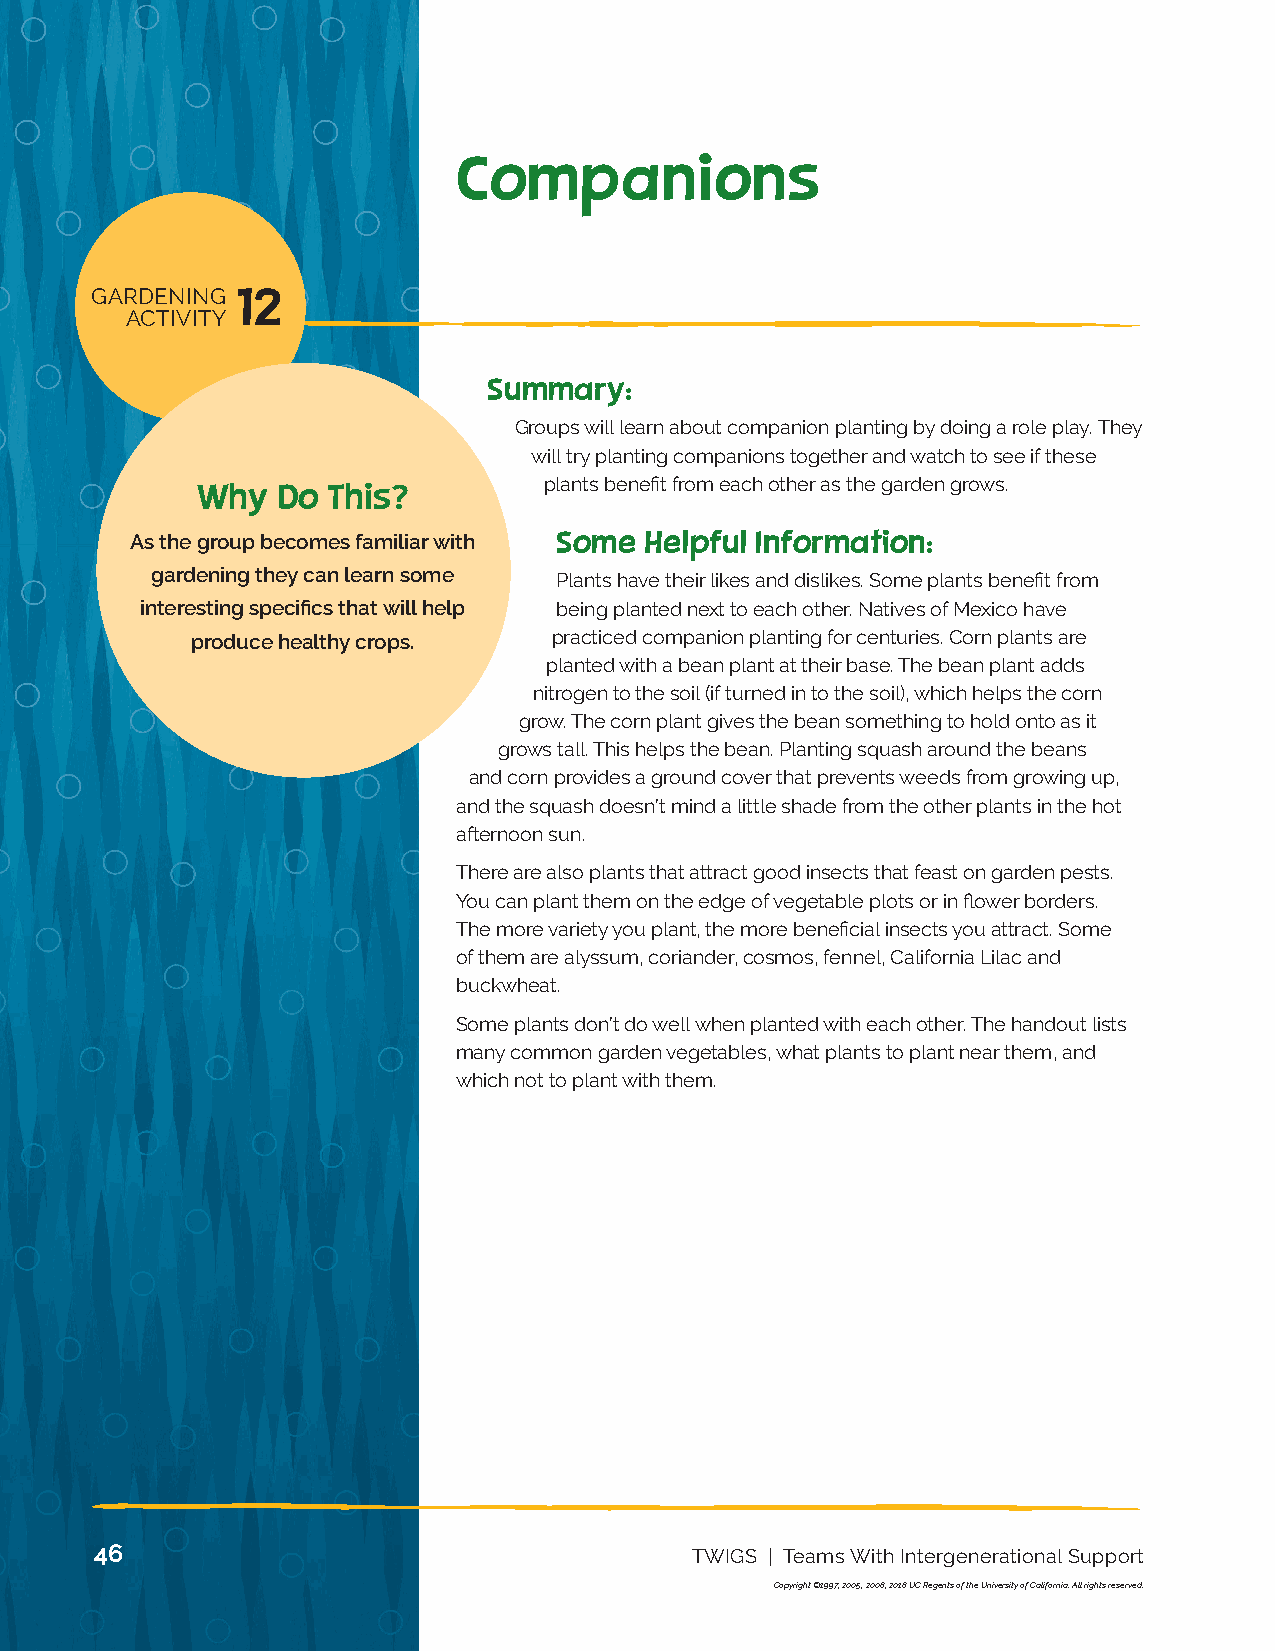
13 NUTRITION
 ACTIVITY
 Companions
 GARDENING 12
 ACTIVITY
 Summary:
 Groups will learn about companion planting by doing a role play. They
 will try planting companions together and watch to see if these
 plants benefit from each other as the garden grows.
 Why  Do  This?
 As the group becomes familiar with Some Helpful Information:
 gardening they can learn some Plants have their likes and dislikes. Some plants benefit from
 interesting specifics that will help being planted next to each other. Natives of Mexico have
 produce healthy crops.  practiced companion planting for centuries. Corn plants are
 planted with a bean plant at their base. The bean plant adds
 nitrogen to the soil (if turned in to the soil), which helps the corn
 grow. The corn plant gives the bean something to hold onto as it
 grows tall. This helps the bean. Planting squash around the beans
 and corn provides a ground cover that prevents weeds from growing up,
 and the squash doesn’t mind a little shade from the other plants in the hot
 afternoon sun.
 There are also plants that attract good insects that feast on garden pests.
 You can plant them on the edge of vegetable plots or in flower borders.
 The more variety you plant, the more beneficial insects you attract. Some
 of them are alyssum, coriander, cosmos, fennel, California Lilac and
 buckwheat.
 Some plants don’t do well when planted with each other. The handout lists
 many common garden vegetables, what plants to plant near them, and
 which not to plant with them.
 46                                      TWIGS | Teams With Intergenerational Support
 Copyright ©1997, 2005, 2008, 2018 UC Regents of the University of California. All rights reserved.